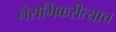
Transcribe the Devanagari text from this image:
नैसर्गिकरीत्याच